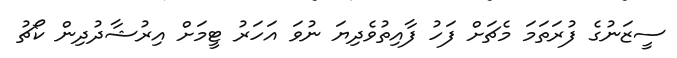
ސީޒަނުގެ ފުރަތަމަ މެޗަށް ފަހު ފާއިތުވެދިޔަ ނުވަ އަހަރު ޓީމަށް އިރުޝާދުދިން ކޯޗު